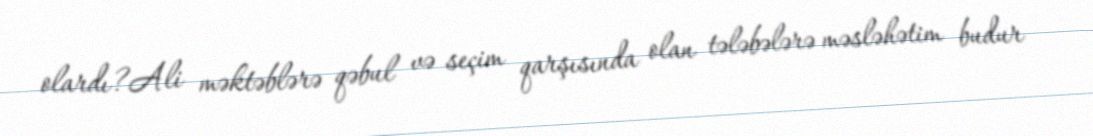
olardı?Ali məktəblərə qəbul və seçim qarşısında olan tələbələrə məsləhətim budur